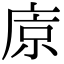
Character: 𢈴